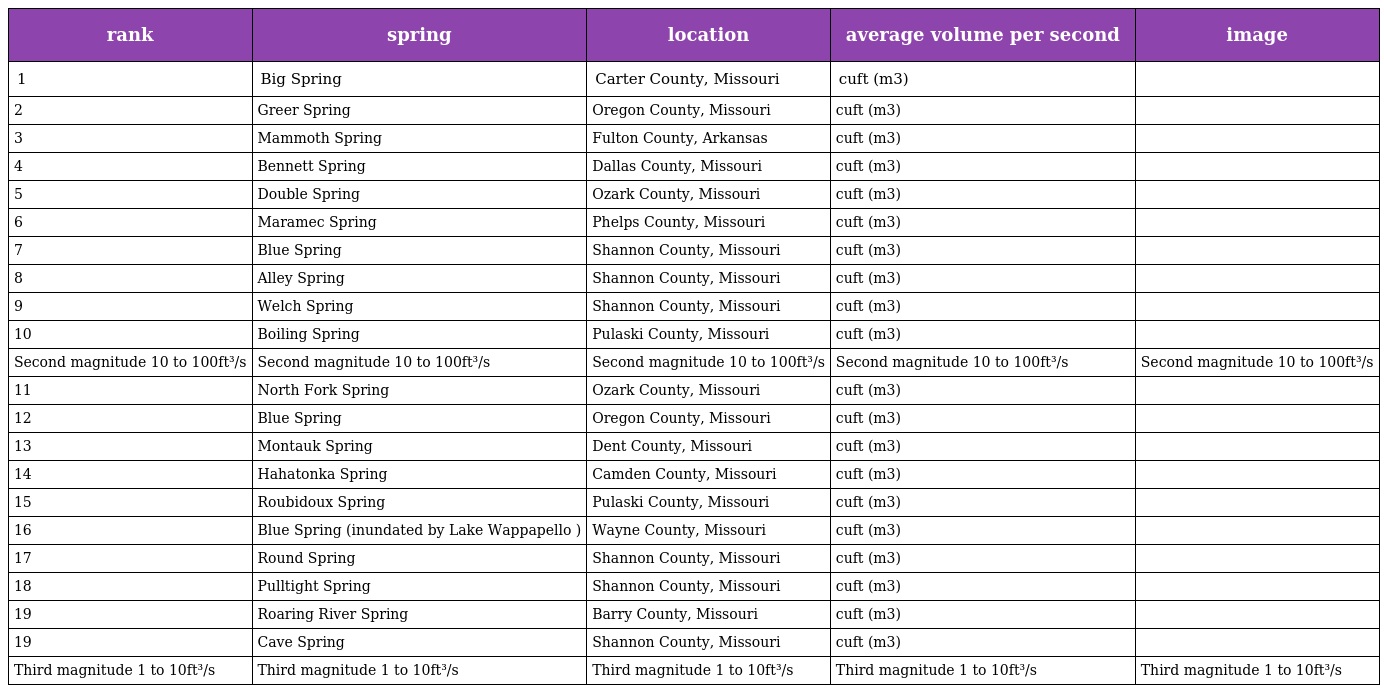
| rank | spring | location | average volume per second | image |
 | --- | --- | --- | --- | --- |
 | 1 | Big Spring | Carter County, Missouri | cuft (m3) |  |
 | 2 | Greer Spring | Oregon County, Missouri | cuft (m3) |  |
 | 3 | Mammoth Spring | Fulton County, Arkansas | cuft (m3) |  |
 | 4 | Bennett Spring | Dallas County, Missouri | cuft (m3) |  |
 | 5 | Double Spring | Ozark County, Missouri | cuft (m3) |  |
 | 6 | Maramec Spring | Phelps County, Missouri | cuft (m3) |  |
 | 7 | Blue Spring | Shannon County, Missouri | cuft (m3) |  |
 | 8 | Alley Spring | Shannon County, Missouri | cuft (m3) |  |
 | 9 | Welch Spring | Shannon County, Missouri | cuft (m3) |  |
 | 10 | Boiling Spring | Pulaski County, Missouri | cuft (m3) |  |
 | Second magnitude 10 to 100ft³/s | Second magnitude 10 to 100ft³/s | Second magnitude 10 to 100ft³/s | Second magnitude 10 to 100ft³/s | Second magnitude 10 to 100ft³/s |
 | 11 | North Fork Spring | Ozark County, Missouri | cuft (m3) |  |
 | 12 | Blue Spring | Oregon County, Missouri | cuft (m3) |  |
 | 13 | Montauk Spring | Dent County, Missouri | cuft (m3) |  |
 | 14 | Hahatonka Spring | Camden County, Missouri | cuft (m3) |  |
 | 15 | Roubidoux Spring | Pulaski County, Missouri | cuft (m3) |  |
 | 16 | Blue Spring (inundated by Lake Wappapello ) | Wayne County, Missouri | cuft (m3) |  |
 | 17 | Round Spring | Shannon County, Missouri | cuft (m3) |  |
 | 18 | Pulltight Spring | Shannon County, Missouri | cuft (m3) |  |
 | 19 | Roaring River Spring | Barry County, Missouri | cuft (m3) |  |
 | 19 | Cave Spring | Shannon County, Missouri | cuft (m3) |  |
 | Third magnitude 1 to 10ft³/s | Third magnitude 1 to 10ft³/s | Third magnitude 1 to 10ft³/s | Third magnitude 1 to 10ft³/s | Third magnitude 1 to 10ft³/s |